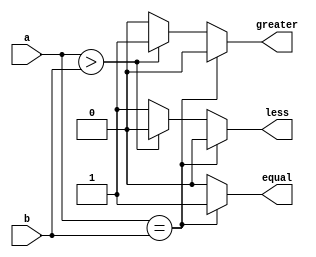
module ParameterizedComparator #(
    parameter WIDTH = 8 // Default bit-width is 8
)(
    input  wire [WIDTH-1:0] a, // First input
    input  wire [WIDTH-1:0] b, // Second input
    output reg  equal,          // Output: a == b
    output reg  greater,        // Output: a > b
    output reg  less            // Output: a < b
);

    // Always block to compare inputs
    always @(*) begin
        // Initialize outputs
        equal = 0;
        greater = 0;
        less = 0;

        // Comparison logic
        if (a == b) begin
            equal = 1;
        end else if (a > b) begin
            greater = 1;
        end else begin
            less = 1;
        end
    end

endmodule